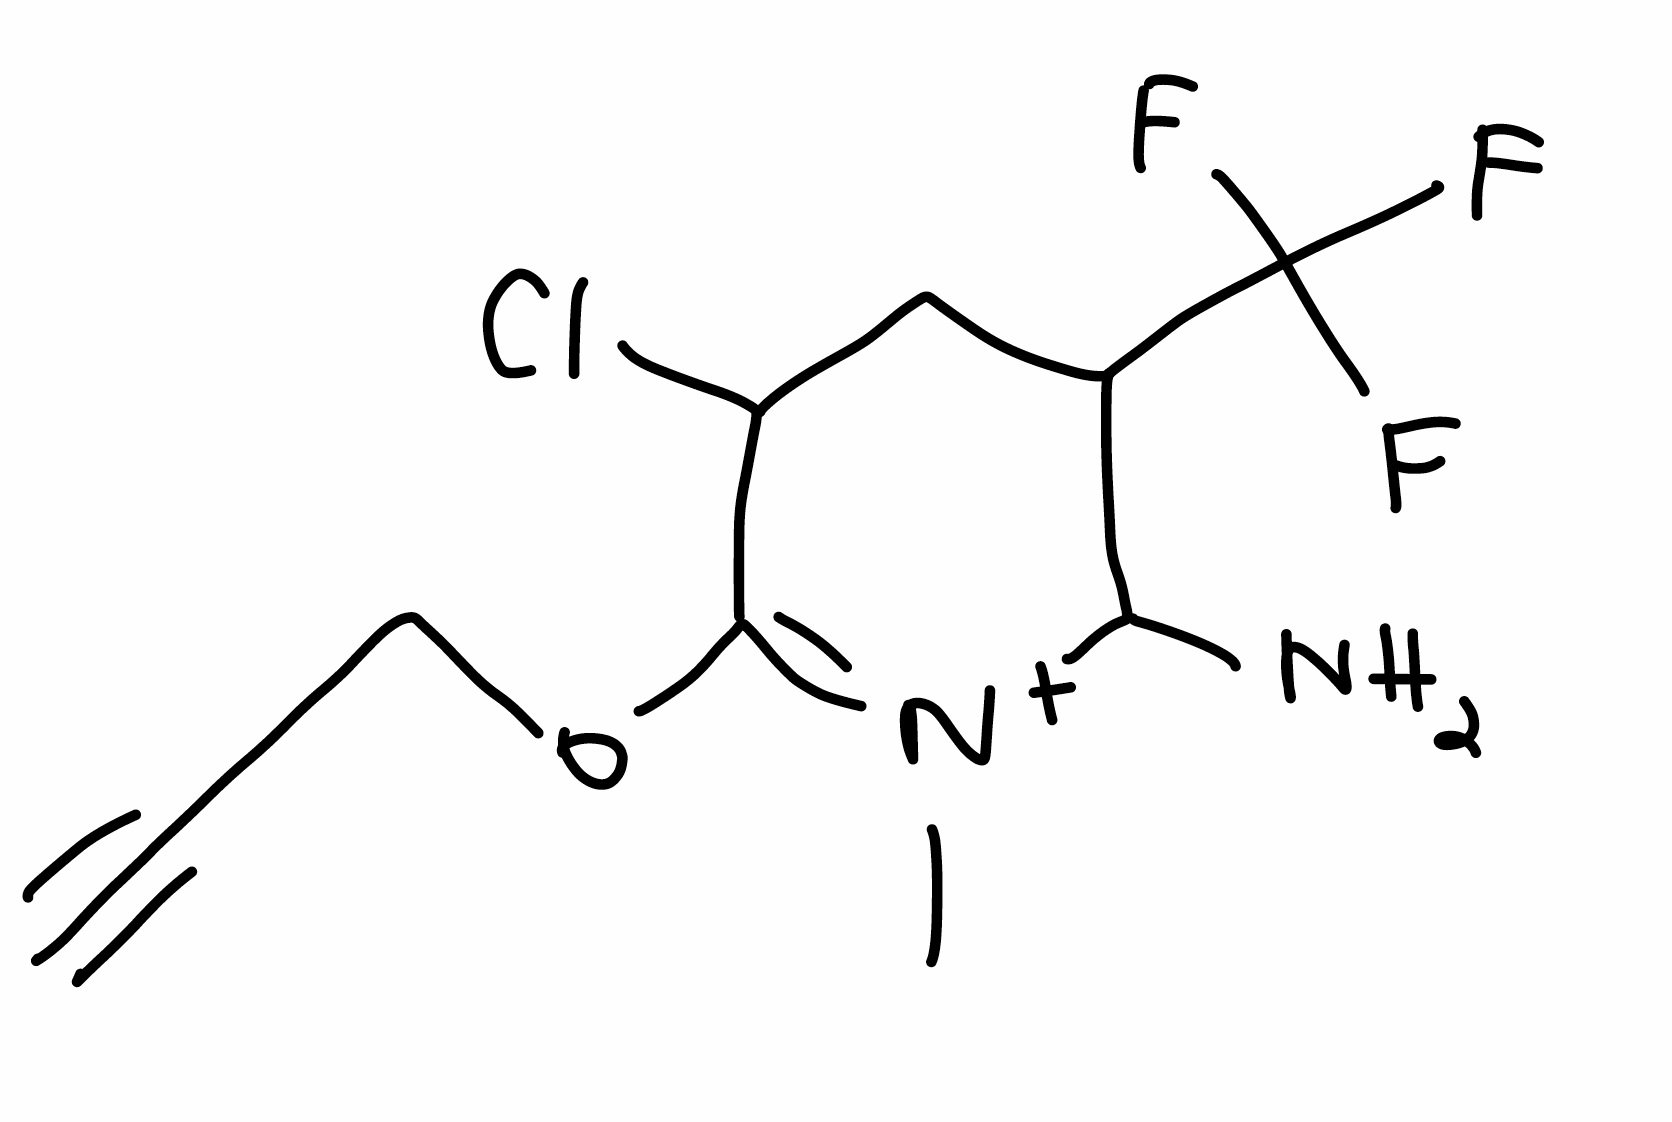
Simplified molecular-input line-entry system (SMILES) notation of the given molecule:
C[N+]1=C(C(CC(C1N)C(F)(F)F)Cl)OCC#C